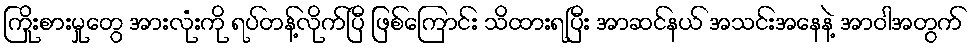
ကြိုးစားမှုတွေ အားလုံးကို ရပ်တန့်လိုက်ပြီ ဖြစ်ကြောင်း သိထားရပြီး အာဆင်နယ် အသင်းအနေနဲ့ အာဝါအတွက်